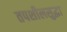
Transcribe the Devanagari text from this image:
तपशीलसुद्धा